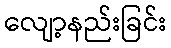
လျော့နည်းခြင်း